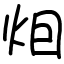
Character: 𤇆